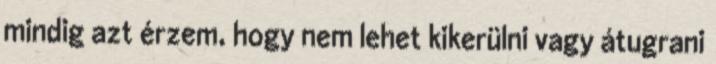
mindig azt érzem, hogy nem lehet kikerülni vagy átugrani